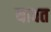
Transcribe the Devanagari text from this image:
यावत